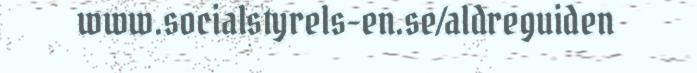
www.socialstyrels-en.se/aldreguiden